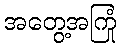
အတွေ့အကြုံ